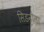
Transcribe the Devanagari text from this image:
सिडनीला